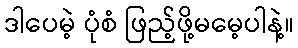
ဒါပေမဲ့ ပုံစံ ဖြည့်ဖို့မမေ့ပါနဲ့။